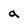
Character: a